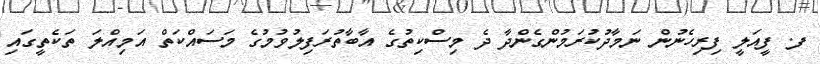
ފ. ފީއަލީ ފިރިހެނުން ނަމާދުކުރަމުންގެންދާ ދެ މިސްކިތުގެ އާބާތުރަފިލުވުމުގެ މަސައްކަތް އަމިއްލަ ތަކެތީގައި